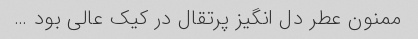
ممنون عطر دل انگیز پرتقال در کیک عالی بود …